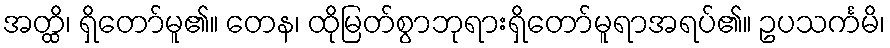
အတ္ထိ၊ ရှိတော်မူ၏။ တေန၊ ထိုမြတ်စွာဘုရားရှိတော်မူရာအရပ်၏။ ဥပသင်္ကမိ၊